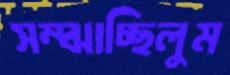
সম্‌ঝাচ্ছিলুম